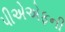
પીએએફની